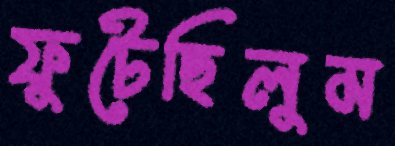
ফুটেছিলুম